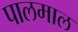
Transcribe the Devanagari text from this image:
पालमाल